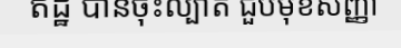
ឥដ្ឋ បានចុះល្បាត ជួបមុខសញ្ញា